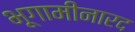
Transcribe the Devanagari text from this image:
भूगामीनारद